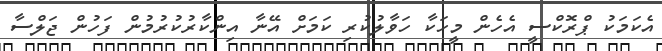
އެކަމަކު ޕްރޮކްސީ އެހެން މީހަކާ ހަވާލުކުރި ކަމަށް އޭނާ އިންކާރުކުރުމުން ފަހުން ޖަލްސާ